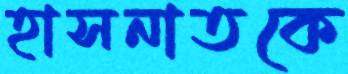
হাসনাতকে